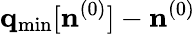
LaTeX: {\mathbf q}_{\mathrm{min}}[{\mathbf n}^{(0)}]-{\mathbf n}^{(0)}